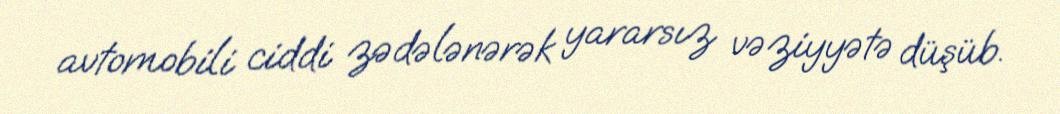
avtomobili ciddi zədələnərək yararsız vəziyyətə düşüb.